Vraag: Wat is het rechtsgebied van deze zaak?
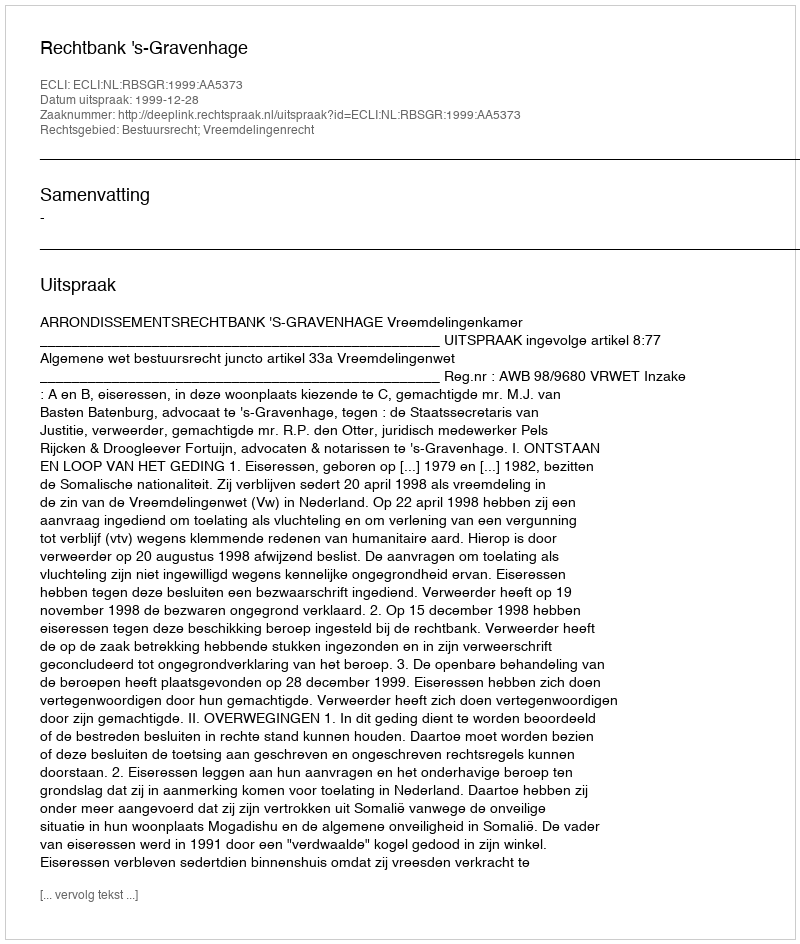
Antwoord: Bestuursrecht; Vreemdelingenrecht